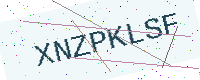
Text: XNZPKLSF